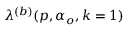
\lambda ^ { ( b ) } ( p , \alpha _ { o } , k = 1 )